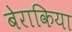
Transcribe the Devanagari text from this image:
बेराकिया